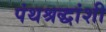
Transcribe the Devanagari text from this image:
पंथश्रद्धांशी